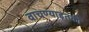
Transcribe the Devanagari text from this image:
वाचण्याइतकी